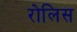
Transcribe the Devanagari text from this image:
रोलिस